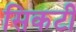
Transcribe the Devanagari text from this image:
सिकटी